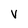
Character: V